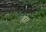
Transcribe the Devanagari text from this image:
हा।